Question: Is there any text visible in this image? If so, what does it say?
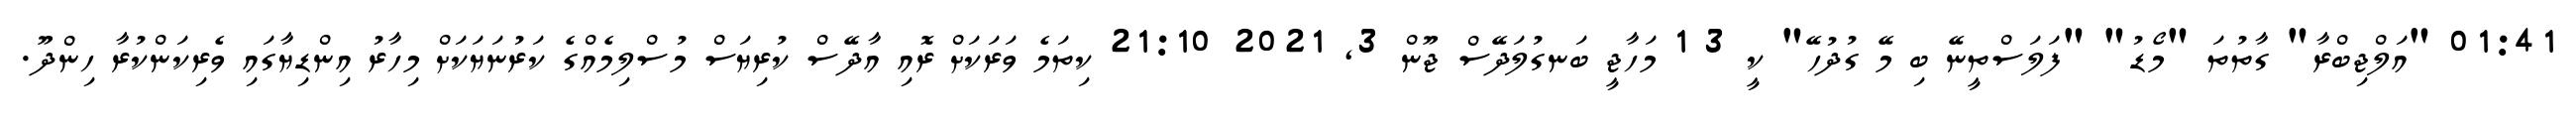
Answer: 01:41 "އަލްޖިބްރާ" ގާތުތަ "މޯޑު" "ފަލަސްތީނޭ ބި މޭ ގުދުހޭ" ކީ 3 1 މަހާޖީ ބަނގުލަދޭސް ޖޫން 3, 2021 21:10 ކިތަމެ ވަރަކަށް ރޮއި އާދޭސް ކުރިޔަސް މުސްލިމެއްގެ ކަރުނަޔަކަށް މިހާރު އިންޑިޔާގައި ވެރިކަންކުރާ ހިންދޫ.